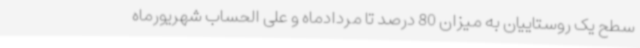
سطح یک روستاییان به میزان 80 درصد تا مردادماه و علی الحساب شهریورماه